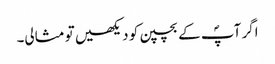
اگر آپؐ کے بچپن کو دیکھیں تو مثالی۔